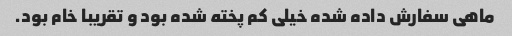
ماهی سفارش داده شده خیلی کم پخته شده بود و تقریبا خام بود.